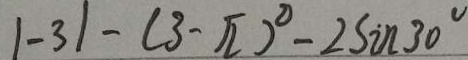
\vert - 3 \vert - ( 3 - \sqrt { 2 } ) ^ { 2 } - 2 \sin 3 0 ^ { \circ }